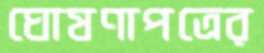
ঘোষণাপত্রের